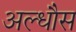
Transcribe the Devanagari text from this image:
अल्धौस